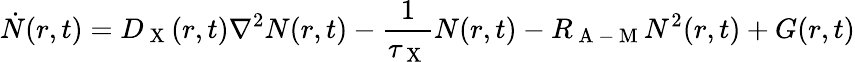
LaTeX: \dot{N}(r,t)=D_{\mathrm{~X~}}(r,t)\nabla^{2}N(r,t)-\frac{1}{\tau_{\mathrm{~X~}}}N(r,t)-R_{\mathrm{~A~-~M~}}N^{2}(r,t)+G(r,t)